Source: Handwritten
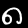
Digit: ၈ (8)